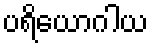
ပရိယောဂါယ